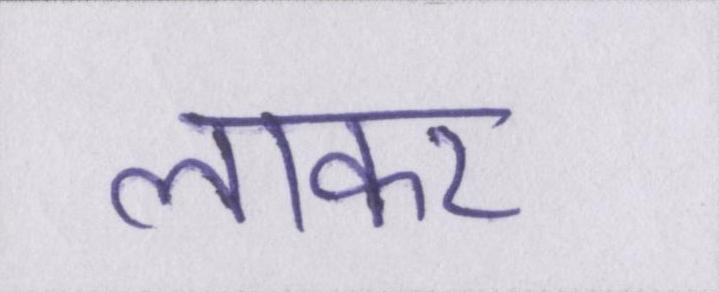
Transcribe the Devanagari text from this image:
लाकर